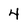
Character: 4